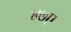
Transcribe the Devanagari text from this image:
४७ए